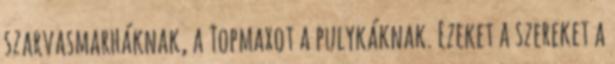
szarvasmarháknak, a Topmaxot a pulykáknak. Ezeket a szereket a